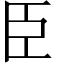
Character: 臣